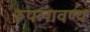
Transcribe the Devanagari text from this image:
रूपलावण्य